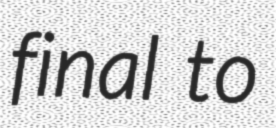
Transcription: final to